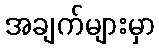
အချက်များမှာ